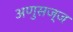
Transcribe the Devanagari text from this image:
अणुसज्ज